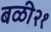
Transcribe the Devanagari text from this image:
बळी२१